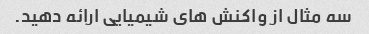
سه مثال از واکنش های شیمیایی ارائه دهید.